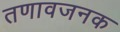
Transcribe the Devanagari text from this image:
तणावजनक